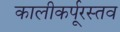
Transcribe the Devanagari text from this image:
कालीकर्पूरस्तव